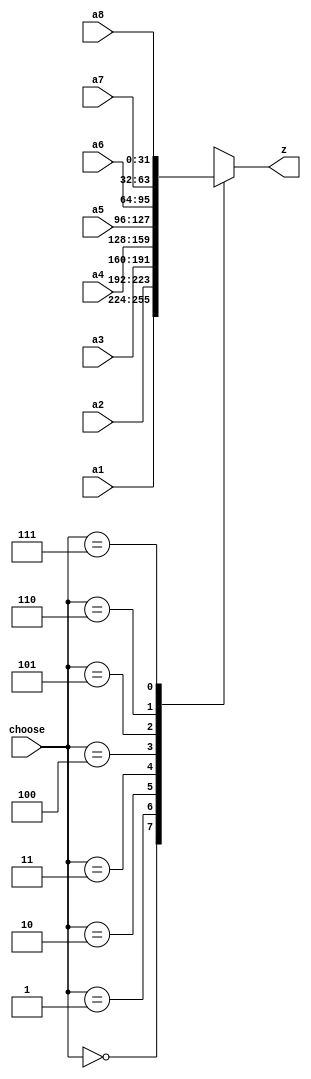
`timescale 1ns / 1ps
//////////////////////////////////////////////////////////////////////////////////
// Company: 
// Engineer: 
// 
// Design Name: 
// Module Name: MUX_8to1
// Project Name: 
// Target Devices: 
// Tool Versions: 
// Description: 
// 
// Dependencies: 
// 
// Revision:
// Revision 0.01 - File Created
// Additional Comments:
// 
//////////////////////////////////////////////////////////////////////////////////


module MUX_8to1(
    input [31:0] a1,
    input [31:0] a2,
    input [31:0] a3,
    input [31:0] a4,
    input [31:0] a5,
    input [31:0] a6,
    input [31:0] a7,
    input [31:0] a8,
    
    input [2:0] choose,
    output reg [31:0] z
    );

    always @ (*) begin
        case(choose)
            3'b000:z<=a1;
            3'b001:z<=a2;
            3'b010:z<=a3;
            3'b011:z<=a4;
            3'b100:z<=a5;
            3'b101:z<=a6;
            3'b110:z<=a7;
            3'b111:z<=a8;
            
            default: z<=32'bx;
        endcase
    end

endmodule